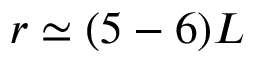
r \simeq ( 5 - 6 ) L